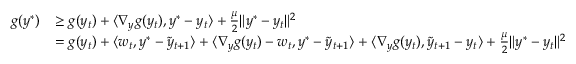
\begin{array} { r l } { g ( y ^ { * } ) } & { \geq g ( y _ { t } ) + \langle \nabla _ { y } g ( y _ { t } ) , y ^ { * } - y _ { t } \rangle + \frac { \mu } { 2 } \| y ^ { * } - y _ { t } \| ^ { 2 } } \\ & { = g ( y _ { t } ) + \langle w _ { t } , y ^ { * } - \tilde { y } _ { t + 1 } \rangle + \langle \nabla _ { y } g ( y _ { t } ) - w _ { t } , y ^ { * } - \tilde { y } _ { t + 1 } \rangle + \langle \nabla _ { y } g ( y _ { t } ) , \tilde { y } _ { t + 1 } - y _ { t } \rangle + \frac { \mu } { 2 } \| y ^ { * } - y _ { t } \| ^ { 2 } } \end{array}